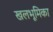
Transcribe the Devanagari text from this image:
खलभूमिका